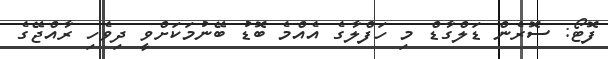
ފޮޓޯ: ސޮރެން ޑަލްގާޑް މި ހަފްލާގެ އެއްމެ ބޮޑު ބޭނުމަކަށްވީ ދިވެހި ރާއްޖޭގެ